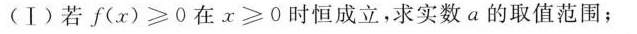
(Ⅰ)若$$f ( x ) ≥ 0$$在$$x ≥ 0$$时恒成立，求实数a的取值范围；